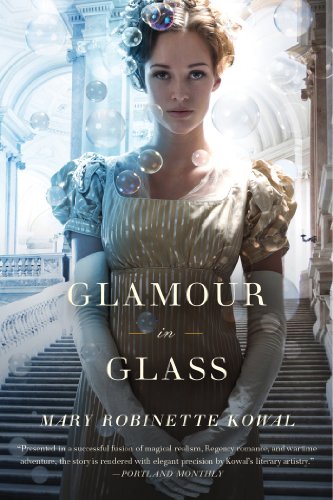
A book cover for Glamour in Glass (Glamourist Histories); Mary Robinette Kowal; Science Fiction & Fantasy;